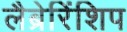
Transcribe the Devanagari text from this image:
लैब्रेरिंशिप